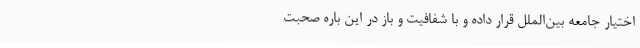
اختیار جامعه بین‌الملل قرار داده و با شفافیت و باز در این باره صحبت